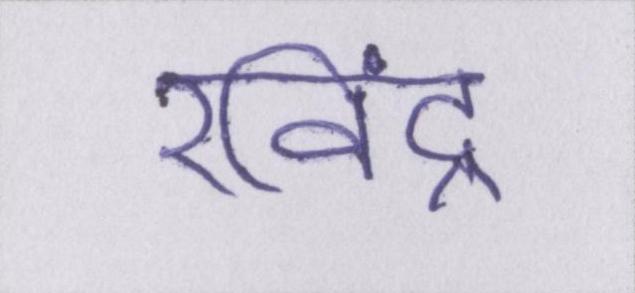
रविंद्र